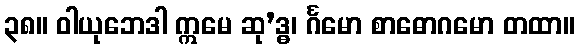
၃၈။ ဝါယုဘေဒါ ဣမေ ဆု’ဒ္ဓ၊ င်္ဂမော စာဓောဂမော တထာ။